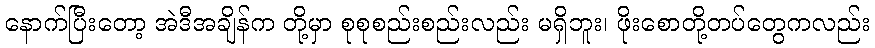
နောက်ပြီးတော့ အဲဒီအချိန်က တို့မှာ စုစုစည်းစည်းလည်း မရှိဘူး၊ ဖိုးစောတို့တပ်တွေကလည်း